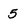
Character: 5